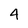
Character: 4